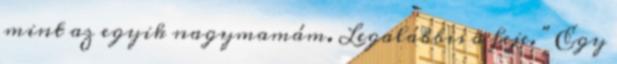
mint az egyik nagymamám. Legalábbis a feje. " Egy